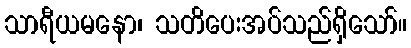
သာရီယမနော၊ သတိပေးအပ်သည်ရှိသော်။